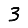
Digit: 3